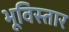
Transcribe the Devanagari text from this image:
भूविस्तार